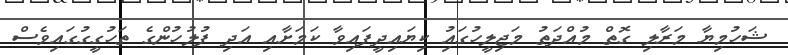
ޝަހުމިޔާ މަރާލި ގޮތް މުއްދަތު މަޖިލީހުގައުި ކިޔައިދީފައިވާ ކަމަށާއި އަދި ފުލުހުންގެ ތަހުގީގުގައިވެސް